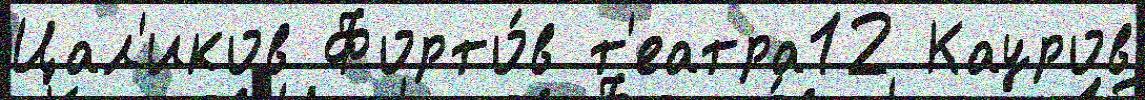
Цал'иков Форто́в т'еатра12 Кауров